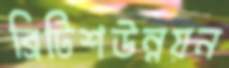
ব্রিটিশউন্নয়ন